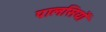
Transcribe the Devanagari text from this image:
पालसियों